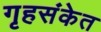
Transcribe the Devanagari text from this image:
गृहसंकेत